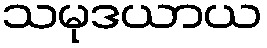
သမုဒယာယ